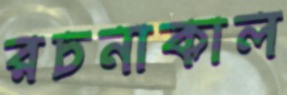
রচনাকাল